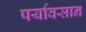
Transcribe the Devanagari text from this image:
पर्यावसान